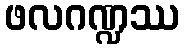
ဖလဂဏ္ဍဿ